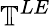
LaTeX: \mathbb{T}^{LE}